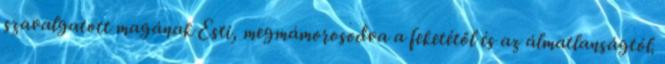
szavalgatott magának Esti, megmámorosodva a feketétől és az álmatlanságtól.